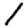
Digit: 1